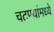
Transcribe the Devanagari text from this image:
चटण्यांमध्ये